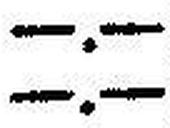
—.—